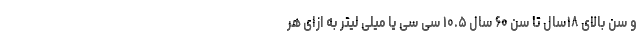
و سن بالای ۱۸سال تا سن ۶۰ سال ۱۰.۵ سی سی یا میلی لیتر به ازای هر